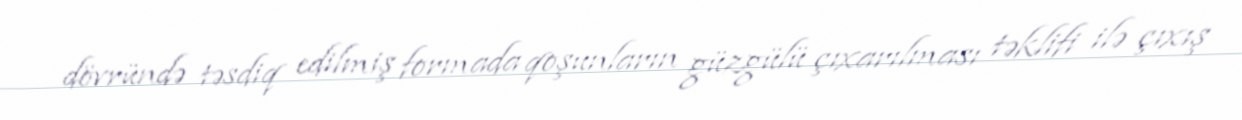
dövründə təsdiq edilmiş formada qoşunların güzgülü çıxarılması təklifi ilə çıxış